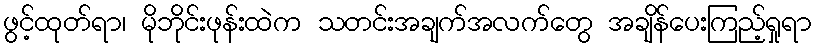
ဖွင့်ထုတ်ရာ၊ မိုဘိုင်းဖုန်းထဲက သတင်းအချက်အလက်တွေ အချိန်ပေးကြည့်ရှုရာ